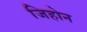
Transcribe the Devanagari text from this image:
जिहोन